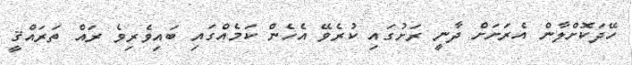
ހޭދަކޮށްލާން އެރަށަށް ދާނީ ރަށުގައި ކުރެވޭ އެހެން ކަމެއްގައި ބައިވެރިވެ ރައް ތަރައްޤީ